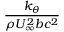
\frac { k _ { \theta } } { \rho U _ { \infty } ^ { 2 } b c ^ { 2 } }